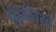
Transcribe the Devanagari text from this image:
ग्रुंडलिखे